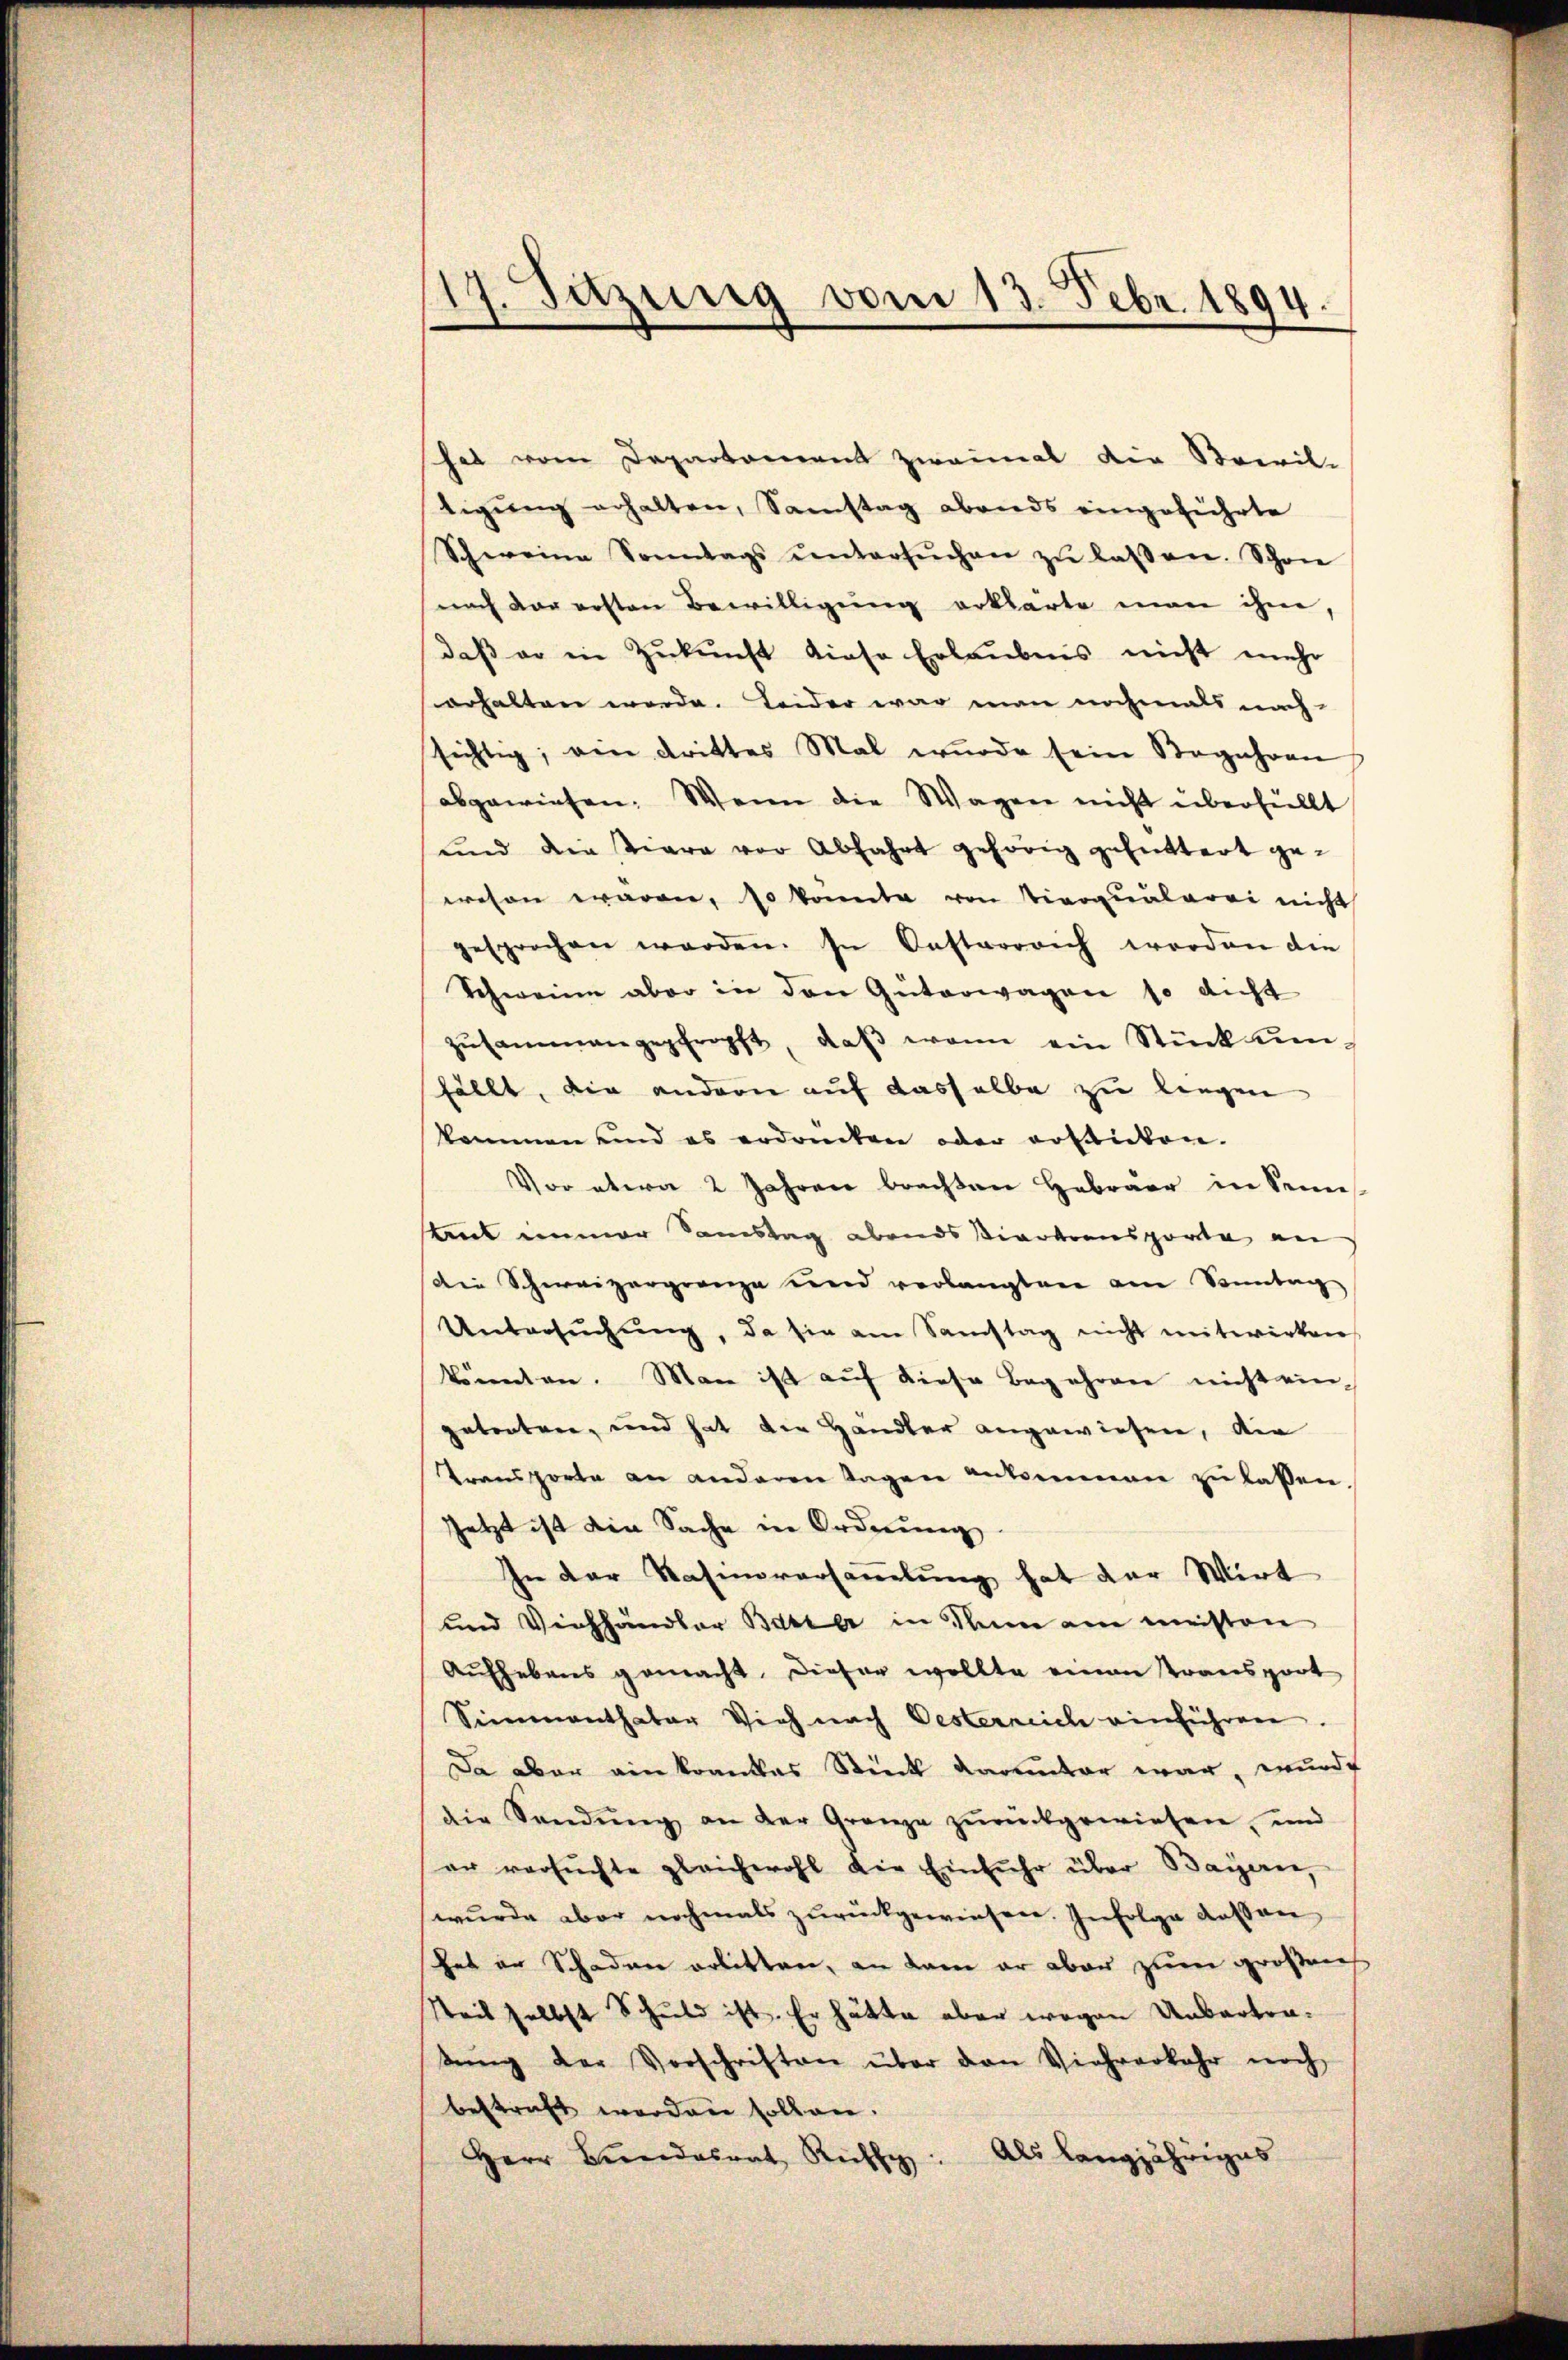
117. Suzung vom 13. Febr. 1894.

hat vom Departement zweimal die Sacril-
tigung erhalten, Samstag abends eingeführte
Schweine Sonntags ŭntersŭchen zŭ lassen. Schon
nach der ersten Bewilligŭng erklärte man ihme,
daβ er in Zŭkŭnft diese Erlaubnis nicht mehr
erhalten werde. Leider war man nochmals nach
sichtig; ein drittes Mal wurde sein Begehren
abgewiesen. Wenn die Wagen nicht überfüllt
und die tiere vor Abfahrt gehörig gefüttert gewesen waren, so konnte von Tierqualerei nicht
gesprochen werden. In Oesterrrich worden die
Schweine aber in den Güterwagen so nicht
zŭsammengepfropft, daβ wenn ein Stücken-
fällt, die andern auf dasselbe zu liegen
kommen und es erdrücken oder erbanken.
Vor etwa 2 Jahren brachten Hebräer in Seine
tut immer Samstag abends Viertransporte an
die Schweizergränze und verlangten am Sonntag
Untersŭchŭng, da sie am Samstag nicht mitwirken
könnten. Man ist auf diese Begehren nicht ein-
getonten, und hat die Händler angewiesen, die
Transporte an anderen Tagen ankommen zu lassen
Jetzt ist die Sache in Ordnung
jn der Nasinorarsammlung hat der Wirt
und Viehhändler Basler in Rum am meisten
Aŭfhebens gemacht. Dieser wollte einen Transport
Simmenthater Vieh nach Oesterreich einführen.
Da aber ein konntes Stick darunter war, wurde
die Sendŭng an der Granze zŭrückgewiesen, und
er versuchte gleichwohl die Einfuhr über Baieren,
wurde aber nochmals zurückgewiesen. Infolge dessen
hes in Schaden erbitten, an kam er aber zum großenes
Weit selbst Schuld ist. Er hätte aber wegen Unbertratŭng der Vorschriften über den Viehrerkehr noch
bestraft werden sollen.
Herr Bundesrat Ruhe. Als langjähriges